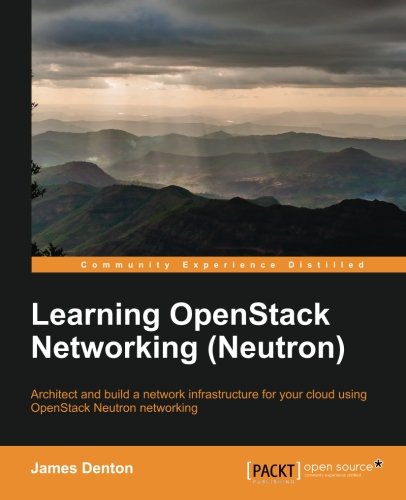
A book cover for Learning OpenStack Networking (Neutron); James Denton; Computers & Technology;